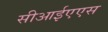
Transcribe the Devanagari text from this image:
सीआईएएस